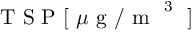
\mathrm { ~ T ~ S ~ P ~ [ ~ } \mu \mathrm { ~ g ~ / ~ m ~ } ^ { \mathrm { ~ 3 ~ } } \mathrm { ~ ] ~ }